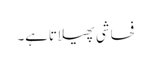
فحاشی پھیلاتاہے۔